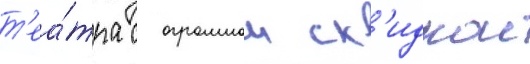
т'еа́тра с огромнои ск'идкои